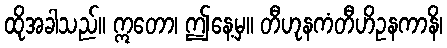
ထိုအခါသည်။ ဣတော၊ ဤနေ့မှ။ တီဟုနကံတီဟိဥနကာနိ၊